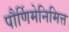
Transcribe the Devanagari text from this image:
पौर्णिमेनिमित्त